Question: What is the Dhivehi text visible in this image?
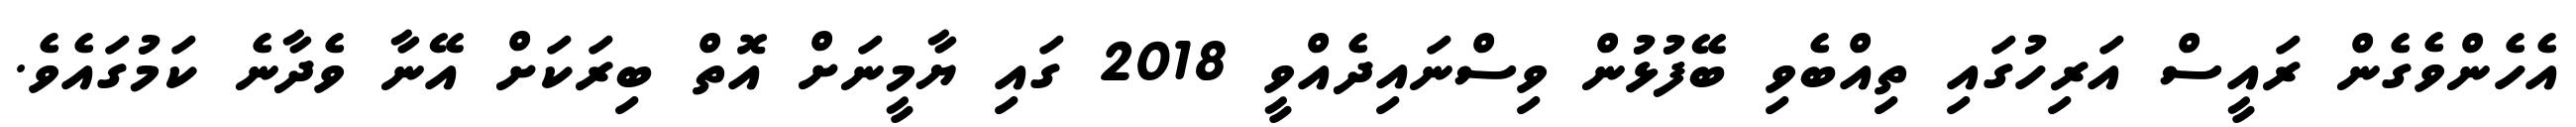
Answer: އެހެންވެގެން ރައީސް އަރިހުގައި ތިއްބެވި ބޭފުޅުން ވިސްނައިދެއްވީ 2018 ގައި ޔާމީނަށް އޮތް ބިރަކަށް އޭނާ ވެދާނެ ކަމުގައެވެ.